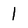
Character: 1